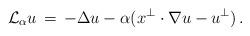
LaTeX: \begin{align*}\mathcal{L}_{\alpha} u \,=\, -\Delta u -\alpha(x^\bot \cdot \nabla u -u^\bot)\,.\end{align*}